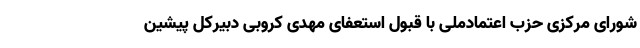
شورای مرکزی حزب اعتمادملی با قبول استعفای مهدی کروبی دبیرکل پیشین